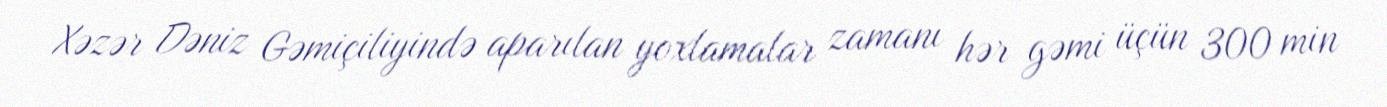
Xəzər Dəniz Gəmiçiliyində aparılan yoxlamalar zamanı hər gəmi üçün 300 min